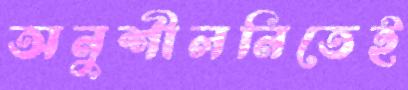
অনুশীলনিতেই